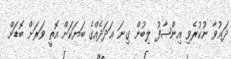
ދަޢުވާ ނުކުރެވި އިންޞާފު ލިބުން ގިނަ ޢަދަދެއްގެ ބަޔަކަށް އޮތީ ވަރަށް ބޮޑަށް